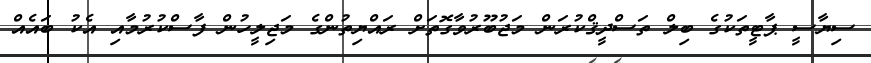
ސިޔާސީ ޕާޓީތަކުގެ ބިލް ތަސްދީޤްކުރަން މަޖުބޫރުވާގޮތަށް ރައްޔިތުންގެ މަޖިލީހުން ފާސްކުރުމާއި އެކު ބައެއް